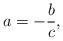
LaTeX: \begin{align*}a=-\frac{b}{c}, \end{align*}